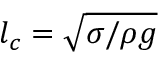
l _ { c } = \sqrt { \sigma / \rho g }